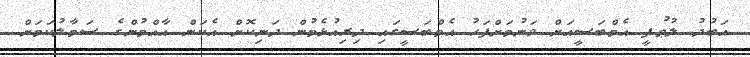
އަބުދު ލުޠުފީ އެމްބަސީއަށް ވަނުމަށްފަހު އެމްބަސީގައި ދިރިއުޅެމުން ދަނިކޮށް އެކަން އާއްމުންގެ ސަމާލުކަމަށް